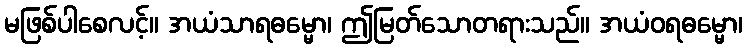
မဖြစ်ပါစေလင့်။ အယံသာရဓမ္မော၊ ဤမြတ်သောတရားသည်။ အယံဝရဓမ္မော၊